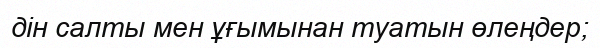
дін салты мен ұғымынан туатын өлеңдер;